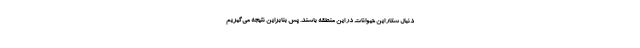
دنبال شکار این حیوانات در این منطقه باشند. پس بنابراین نتیجه می‌گیریم